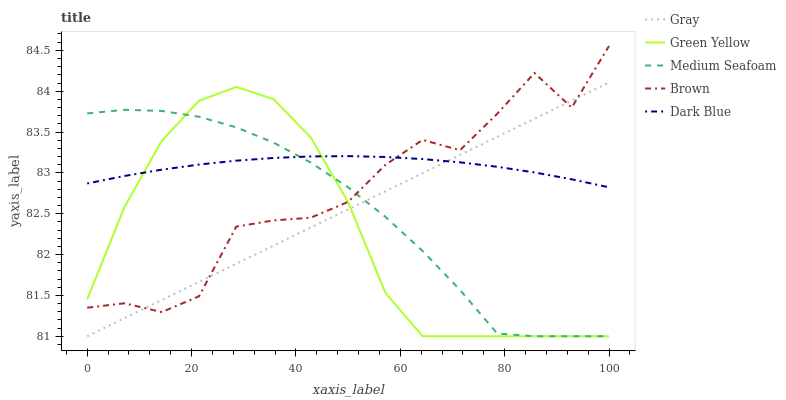
| xaxis_label | Gray | Green Yellow | Medium Seafoam | Brown | Dark Blue |
 | --- | --- | --- | --- | --- | --- |
 | 0 | 81 | 81.5 | 83.7 | 81.3 | 82.9 |
 | 7.14 | 81.2 | 82.6 | 83.8 | 81.4 | 83 |
 | 14.3 | 81.4 | 83.4 | 83.8 | 81.3 | 83 |
 | 21.4 | 81.7 | 83.9 | 83.7 | 81.5 | 83.1 |
 | 28.6 | 81.9 | 84.1 | 83.6 | 82.3 | 83.1 |
 | 35.7 | 82.1 | 83.9 | 83.4 | 82.4 | 83.2 |
 | 42.9 | 82.3 | 83.4 | 83.1 | 82.5 | 83.2 |
 | 50 | 82.6 | 82.6 | 82.8 | 82.6 | 83.2 |
 | 57.1 | 82.8 | 81.5 | 82.5 | 83.1 | 83.2 |
 | 64.3 | 83 | 81 | 82 | 83.4 | 83.2 |
 | 71.4 | 83.2 | 81 | 81.6 | 83.3 | 83.1 |
 | 78.6 | 83.4 | 81 | 81 | 83.7 | 83.1 |
 | 85.7 | 83.7 | 81 | 81 | 84.2 | 83 |
 | 92.9 | 83.9 | 81 | 81 | 83.8 | 82.9 |
 | 100 | 84.1 | 81 | 81 | 84.6 | 82.8 |